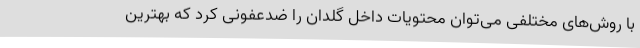
با روش‌های مختلفی می‌توان محتویات داخل گلدان را ضدعفونی کرد که بهترین